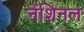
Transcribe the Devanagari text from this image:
नेशिनल